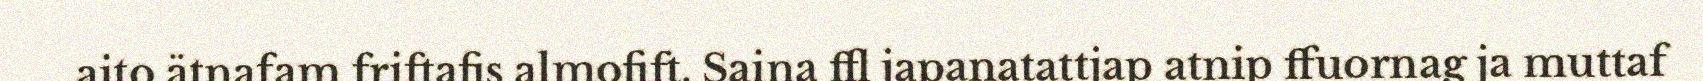
aito ätnafam friftafis almofift. Saina ffl japanatattjap atnip ffuornag ja muttaf